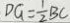
D G = \frac { 1 } { 2 } B C